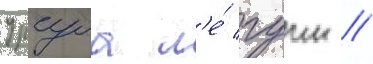
Урсула л'е́ гуин //